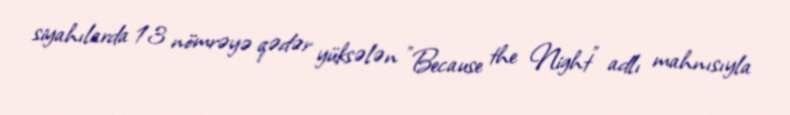
siyahılarda 13 nömrəyə qədər yüksələn "Because the Night" adlı mahnısıyla